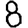
Digit: 8